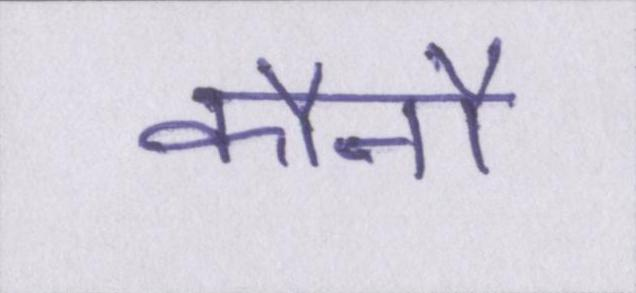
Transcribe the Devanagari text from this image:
कौनौ